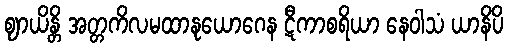
ဈာယိန္တိ အတ္တကိလမထာနုယောဂေန ဋီကာစရိယာ နေဝါသံ ယာနိပိ